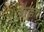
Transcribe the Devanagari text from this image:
रूक्का